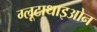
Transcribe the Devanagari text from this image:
ग्लूटाथाइओन